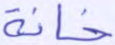
خانة